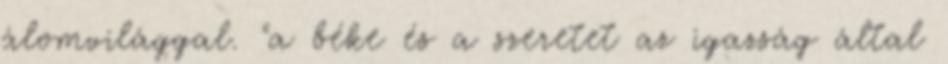
álomvilággal. "a béke és a szeretet az igazság által